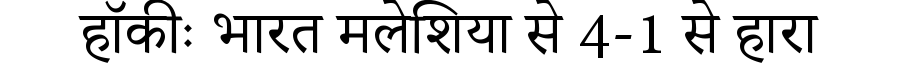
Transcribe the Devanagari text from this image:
हॉकीः भारत मलेशिया से 4-1 से हारा